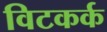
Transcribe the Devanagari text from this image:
विटकर्क